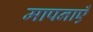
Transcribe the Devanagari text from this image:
मापनाएँ